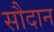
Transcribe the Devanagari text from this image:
सौदान